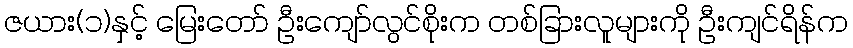
ဇယား(၁)နှင့် မြေးတော် ဦးကျော်လွင်စိုးက တစ်ခြားလူများကို ဦးကျင်ရိန်က